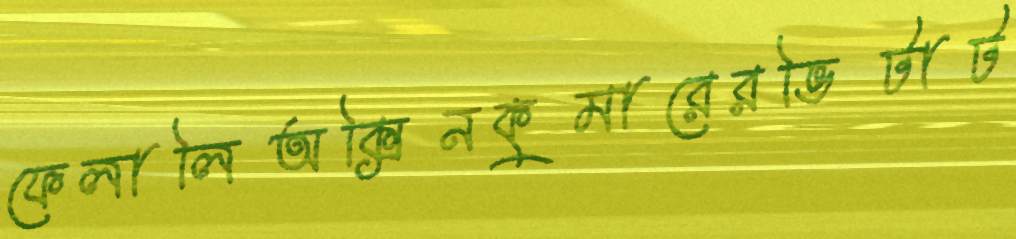
ফেলালিঅক্সিনকুমারেরভিটাট